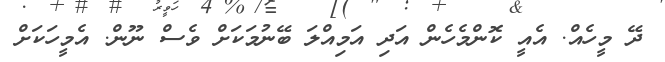
ދޭ މީހެއް. އެއީ ކޮންމެހެން އަދި އަމިއްލަ ބޭނުމަކަށް ވެސް ނޫން. އެމީހަކަށް